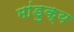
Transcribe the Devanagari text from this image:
मांडुक्य